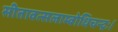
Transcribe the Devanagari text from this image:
सीतावत्सलाम्बोधिचन्द्रः।